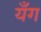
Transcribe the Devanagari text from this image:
यँग